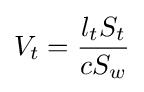
V_{t}={\frac {l_{t}S_{t}}{cS_{w}}}